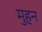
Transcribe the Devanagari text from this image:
मुहन